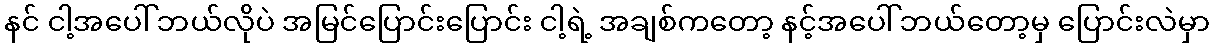
နင် ငါ့အပေါ် ဘယ်လိုပဲ အမြင်ပြောင်းပြောင်း ငါ့ရဲ့ အချစ်ကတော့ နင့်အပေါ် ဘယ်တော့မှ ပြောင်းလဲမှာ